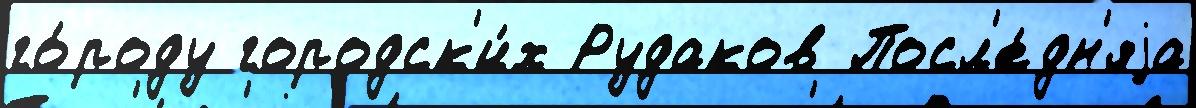
го́роду городск'и́х Рудаков Посл'е́дн'яjа